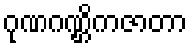
ဂုဏဂဏ္ဌိကဇာတာ